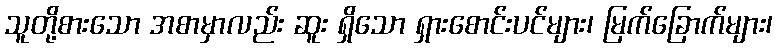
သူတို့စားသော အစာမှာလည်း ဆူး ရှိသော ရှားစောင်းပင်များ၊ မြက်ခြောက်များ၊